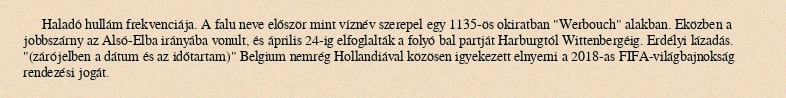
Haladó hullám frekvenciája. A falu neve először mint víznév szerepel egy 1135-ös okiratban "Werbouch" alakban. Eközben a jobbszárny az Alsó-Elba irányába vonult, és április 24-ig elfoglalták a folyó bal partját Harburgtól Wittenbergéig. Erdélyi lázadás. "(zárójelben a dátum és az időtartam)" Belgium nemrég Hollandiával közösen igyekezett elnyerni a 2018-as FIFA-világbajnokság rendezési jogát.